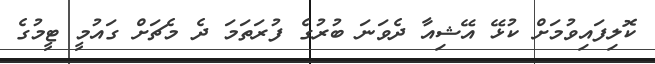
ކޮލިފައިވުމަށް ކުޅޭ އޭޝިއާ ދެވަނަ ބުރުގެ ފުރަތަމަ ދެ މެޗަށް ގައުމީ ޓީމުގެ